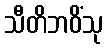
သီတိဘဝိံသု